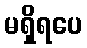
မရှိရပေ